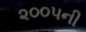
૨૦૦૫ની